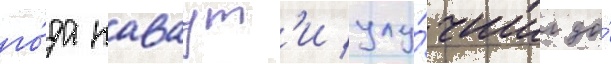
го́да каваут'и улу́чшил до́